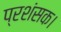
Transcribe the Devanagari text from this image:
प्रशंसक।